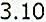
3.10